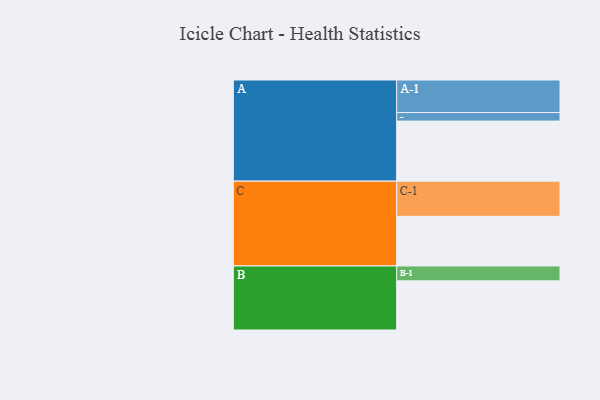
{"axis": {"x": "Segment", "y": "Value"}, "legend": ["", "A", "B", "C"], "data": [{"x": "A", "y": 500, "type": ""}, {"x": "B", "y": 409, "type": ""}, {"x": "C", "y": 413, "type": ""}, {"x": "A-1", "y": 271, "type": "A"}, {"x": "A-2", "y": 71, "type": "A"}, {"x": "B-1", "y": 124, "type": "B"}, {"x": "C-1", "y": 293, "type": "C"}]}